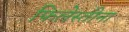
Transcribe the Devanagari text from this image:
फिलेस्तीना